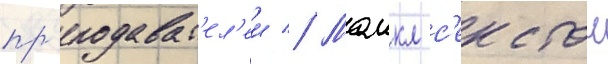
пр'еподават'ел'еи // Маикл с'екстон